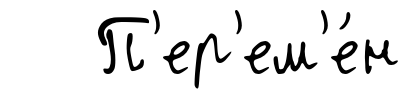
П'ер'ем'е́н